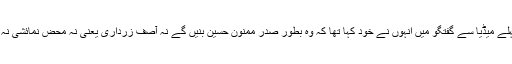
الیکشن سے پہلے میڈیا سے گفتگو میں انہوں نے خود کہا تھا کہ وہ بطور صدر ممنون حسین بنیں گے نہ آصف زرداری یعنی نہ محض نمائشی نہ مختار مطلق۔